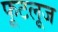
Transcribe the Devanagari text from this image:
फूटलूज